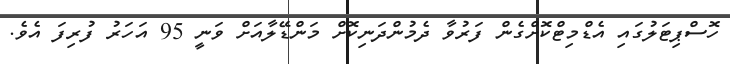
ހޮސްޕިޓަލުގައި އެޑްމިޓްކޮށްގެން ފަރުވާ ދެމުންދަނިކޮށް މަންޑޭލާއަށް ވަނީ 95 އަހަރު ފުރިފަ އެވެ.